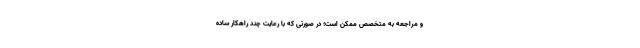
و مراجعه به متخصص ممکن است؛ در صورتی که با رعایت چند راهکار ساده